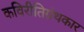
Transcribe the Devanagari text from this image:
कविरीतिग्रंथकार